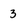
Character: 3